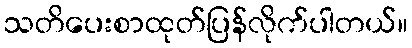
သတိပေးစာထုတ်ပြန်လိုက်ပါတယ်။